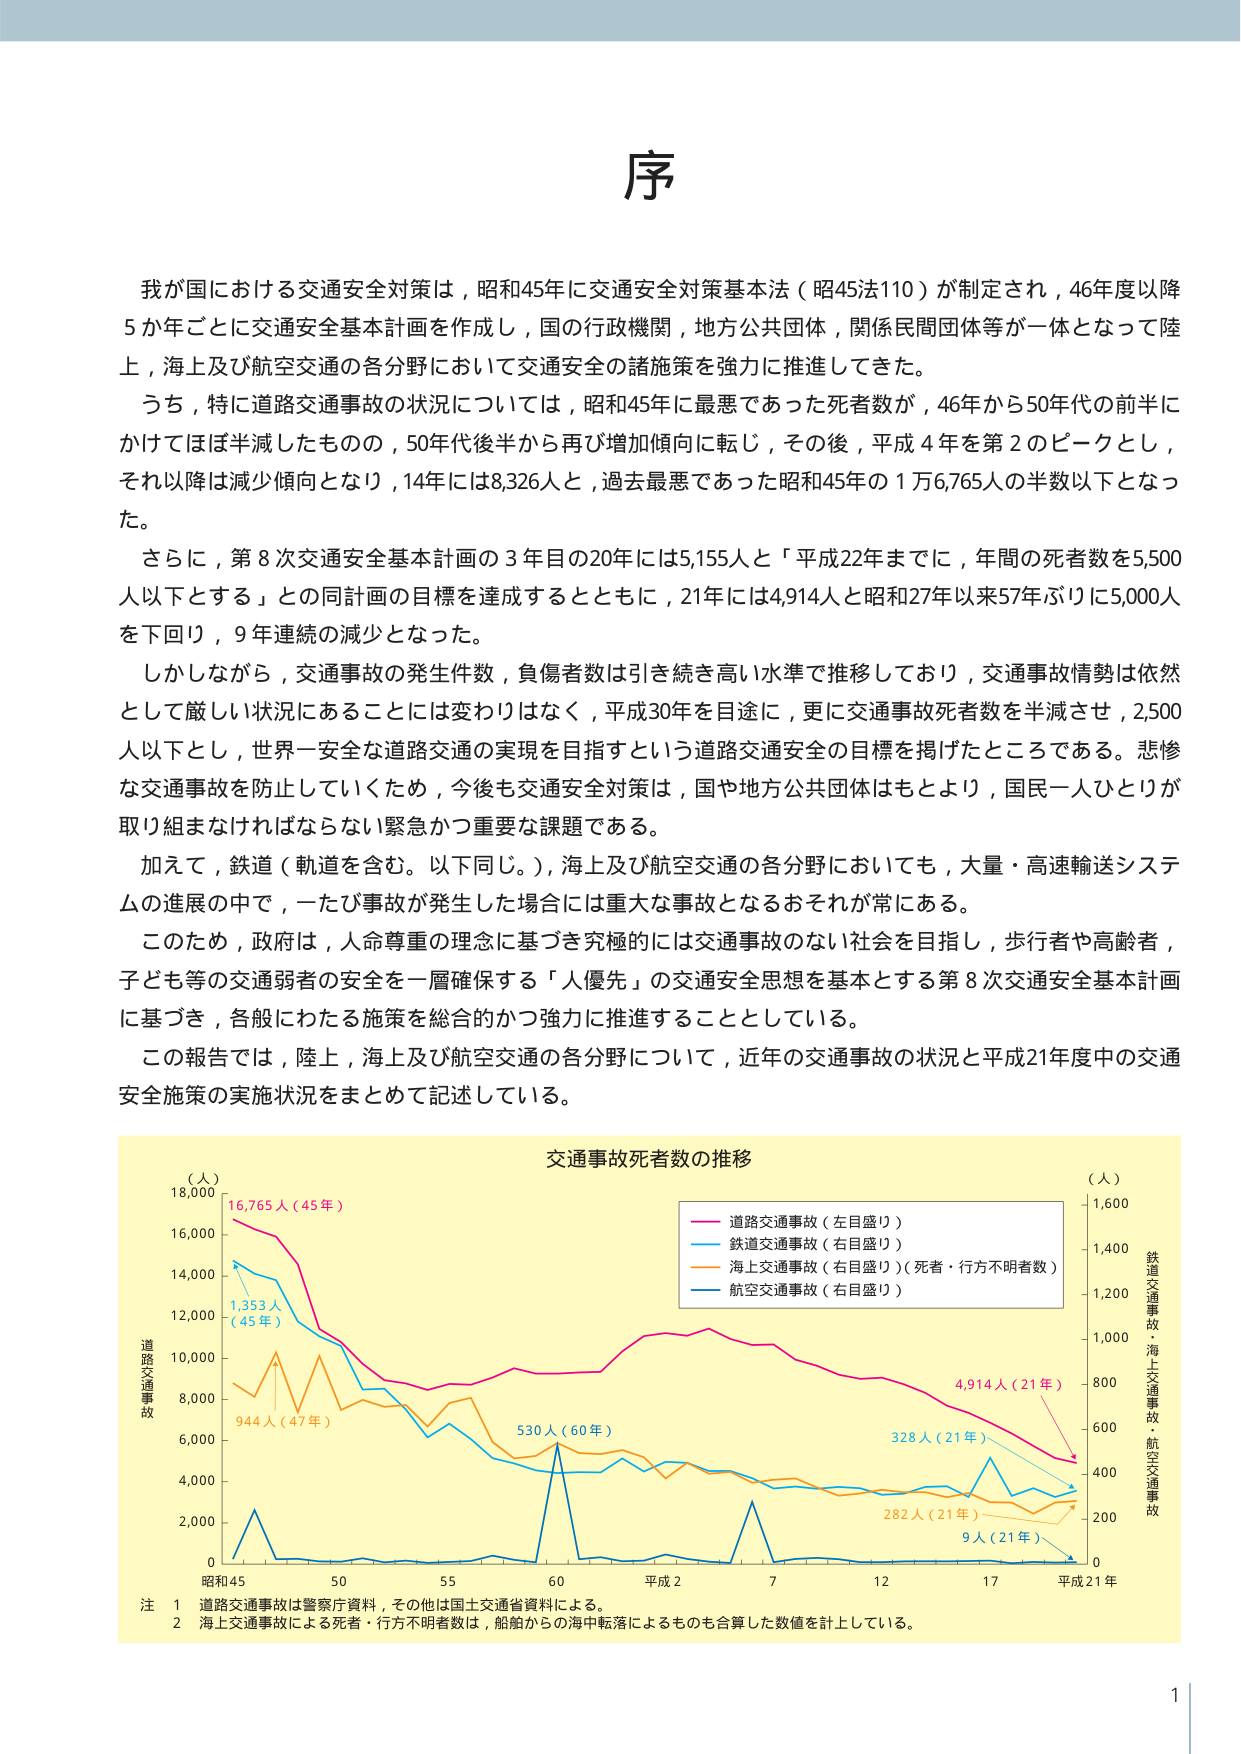
序

我が国における交通安全対策は，昭和45年に交通安全対策基本法（昭45法110）が制定され，46年度以降5か年ごとに交通安全基本計画を作成し，国の行政機関，地方公共団体，関係民間団体等が一体となって陸上，海上及び航空交通の各分野において交通安全の諸施策を強力に推進してきた。

うち，特に道路交通事故の状況については，昭和45年に最悪であった死者数が，46年から50年代の前半にかけてほぼ半減したものの，50年代後半から再び増加傾向に転じ，その後，平成4年を第2のピークとし，それ以降は減少傾向となり，14年には8,326人と，過去最悪であった昭和45年の1万6,765人の半数以下となった。

さらに，第8次交通安全基本計画の3年目の20年には5,155人と「平成22年までに，年間の死者数を5,500人以下とする」との同計画の目標を達成するとともに，21年には4,914人と昭和27年以来57年ぶりに5,000人を下回り，9年連続の減少となった。

しかしながら，交通事故の発生件数，負傷者数は引き続き高い水準で推移しており，交通事故情勢は依然として厳しい状況にあることには変わりはなく，平成30年を目途に，更に交通事故死者数を半減させ，2,500人以下とし，世界一安全な道路交通の実現を目指すという道路交通安全の目標を掲げたところである。悲惨な交通事故を防止していくため，今後も交通安全対策は，国や地方公共団体はもとより，国民一人ひとりが取り組まなければならない緊急かつ重要な課題である。

加えて，鉄道（軌道を含む。以下同じ。），海上及び航空交通の各分野においても，大量・高速輸送システムの進展の中で，一たび事故が発生した場合には重大な事故となるおそれが常にある。

このため，政府は，人命尊重の理念に基づき積極的には交通事故のない社会を目指し，歩行者や高齢者，子ども等の交通弱者の安全を一層確保する「人優先」の交通安全思想を基本とする第8次交通安全基本計画に基づき，各般にわたる施策を総合的かつ強力に推進することとしている。

この報告では，陸上，海上及び航空交通の各分野について，近年の交通事故の状況と平成21年度中の交通安全施策の実施状況をまとめて記述している。

交通事故死者数の推移

（人）
18,000
16,000
14,000
12,000
10,000
8,000
6,000
4,000
2,000
0

昭和45 50 55 60 平成2 7 12 17 平成21年

道路交通事故（左目盛り）
鉄道交通事故（右目盛り）
海上交通事故（右目盛り）（死者・行方不明者数）
航空交通事故（右目盛り）

（人）
1,600
1,400
1,200
1,000
800
600
400
200
0

鉄道交通事故・海上交通事故・航空交通事故

16,765人（45年）
1,353人（45年）
944人（47年）
530人（60年）
4,914人（21年）
328人（21年）
282人（21年）
9人（21年）

注 1 道路交通事故は警察庁資料，その他は国土交通省資料による。
2 海上交通事故による死者・行方不明者数は，船舶からの海中転落によるものも合算した数値を計上している。

1